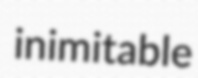
inimitable